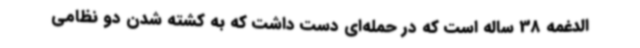
الدغمه 38 ساله است که در حمله‌ای دست داشت که به کشته شدن دو نظامی